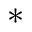
\ast